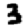
Digit: 3